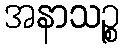
အနာသဉ္စ